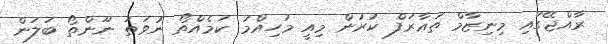
ރާއްޖޭގައި މިނިޒާމް ތަޢާރަފް ކުރުން މިއީ މުހިއްމު ކަމެއްތޯ ނުވަތަ ނޫންތޯ ބަލަން